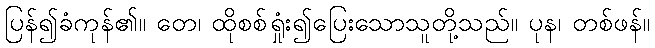
ပြန်၍ခံကုန်၏။ တေ၊ ထိုစစ်ရှုံး၍ပြေးသောသူတို့သည်။ ပုန၊ တစ်ဖန်။